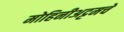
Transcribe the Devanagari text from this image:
मोहिनीअट्टमचे